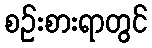
စဉ်းစားရာတွင်